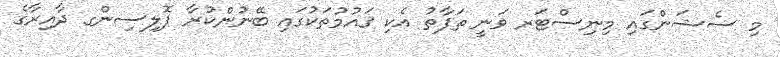
މި ސެޝަންގައި މިނިސްޓަރ ވަނީ ތަފާތު އެކި ޤައުމުތަކުގައި ބޭނުންކުރާ ޕޮލިސިންގ ދާއިރާގެ